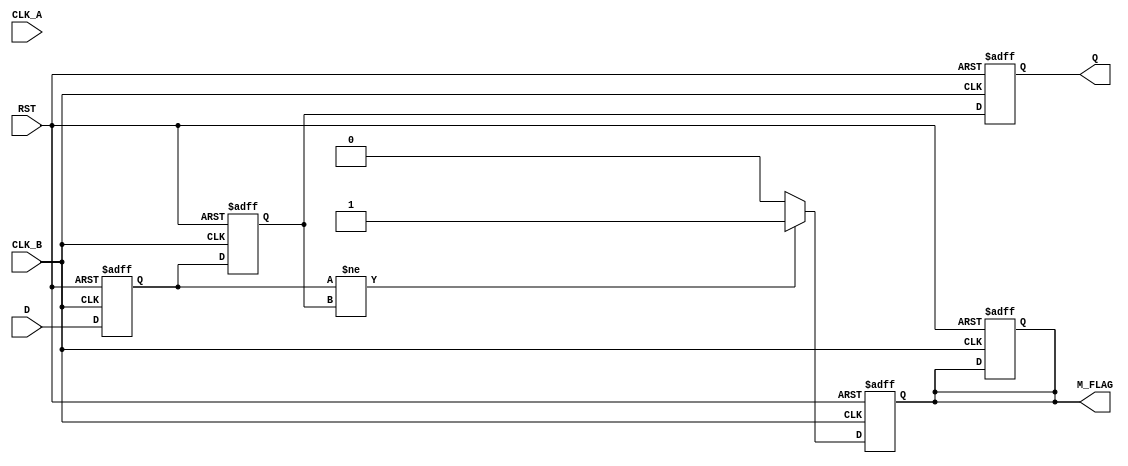
module CDC_Detector (
    input wire D,           // Data signal to monitor
    input wire CLK_A,      // Clock signal of the source domain
    input wire CLK_B,      // Clock signal of the destination domain
    input wire RST,        // Asynchronous reset
    output reg M_FLAG,     // Metastability flag
    output reg Q           // Synchronized output
);

    // Internal signals for the flip-flop outputs
    reg D_ff1, D_ff2;
    
    // Synchronization logic in the destination clock domain
    always @(posedge CLK_B or posedge RST) begin
        if (RST) begin
            D_ff1 <= 1'b0;
            D_ff2 <= 1'b0;
            Q <= 1'b0;
            M_FLAG <= 1'b0;
        end else begin
            D_ff1 <= D; // Sample the incoming data signal
            D_ff2 <= D_ff1; // Second stage of synchronization
            Q <= D_ff2; // Synchronized output
        end
    end

    // Metastability detection logic
    always @(posedge CLK_B or posedge RST) begin
        if (RST) begin
            M_FLAG <= 1'b0;
        end else begin
            // Check for metastability condition
            if (D_ff1 != D_ff2) begin
                M_FLAG <= 1'b1; // Potential metastability detected
            end else begin
                M_FLAG <= 1'b0; // No metastability detected
            end
        end
    end

endmodule